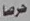
حرصا